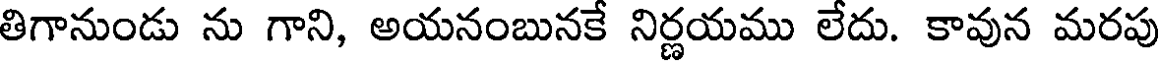
తిగానుండు ను గాని, అయనంబునకే నిర్ణయము లేదు. కావున మరపు